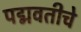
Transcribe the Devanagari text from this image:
पद्मवतीचे